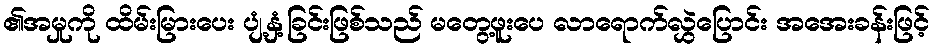
၏အမှုကို ထိမ်းမြားပေး ပျံ့နှံ့ခြင်းဖြစ်သည် မတွေ့ဖူးပေ လာရောက်လွှဲပြောင်း အအေးခန်းဖြင့်